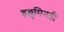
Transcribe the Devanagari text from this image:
इल्लुमिनती